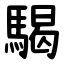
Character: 騔